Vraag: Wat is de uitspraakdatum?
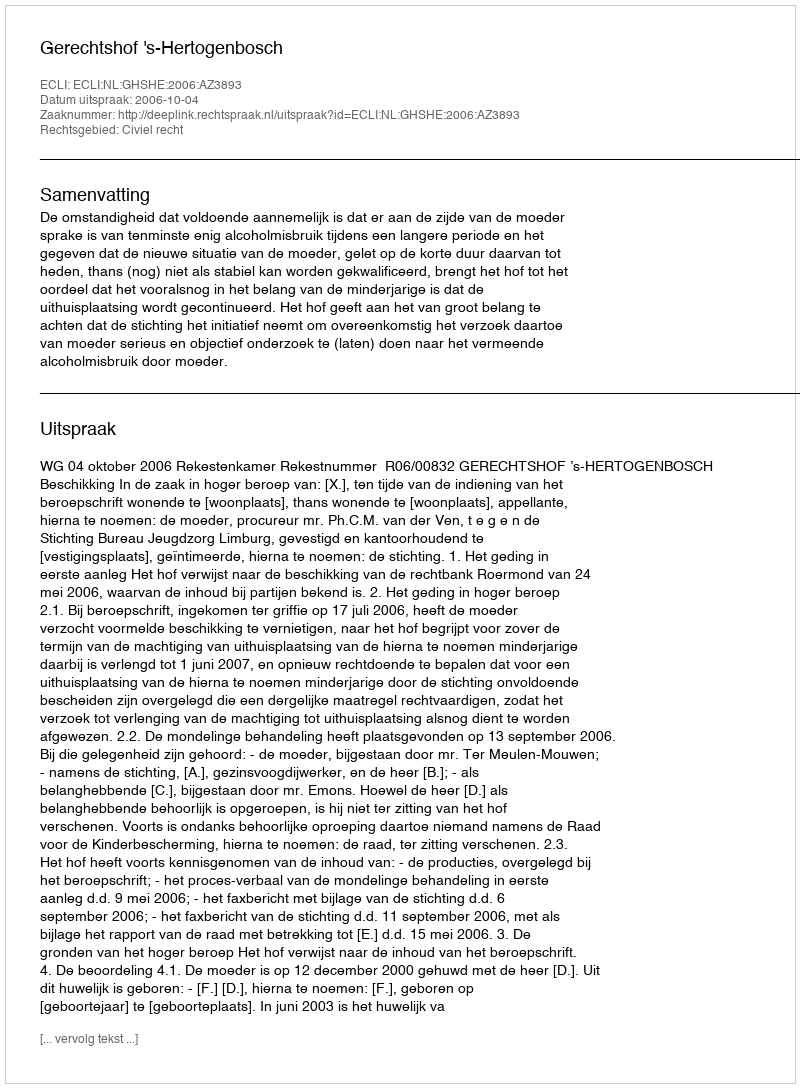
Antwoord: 2006-10-04